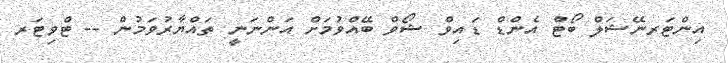
އިންޓަރނޭޝަލް ބޯޓް އެންޑް ޑައިވް ޝޯވް ބޭއްވުމަށް އަންނަނީ ތައްޔާރުވަމުން -- ޓްވިޓަރ